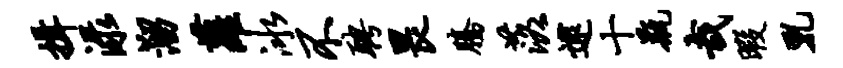
揖渌溜萝冰不聘畏腾落逮十瓶哉暇乳